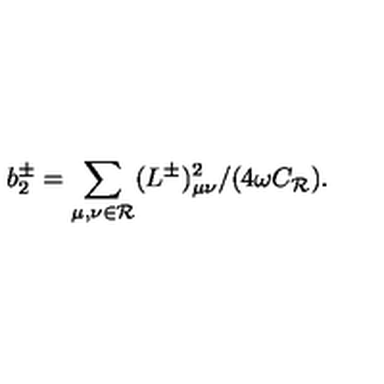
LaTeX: b _ { 2 } ^ { \pm } = \sum _ { \mu , \nu \in { \cal R } } ( L ^ { \pm } ) _ { \mu \nu } ^ { 2 } / ( 4 \omega C _ { \cal R } ) .